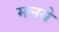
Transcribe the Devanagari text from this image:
मलये